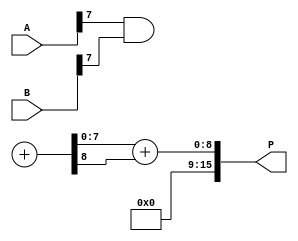
module wallace_tree_multiplier #(parameter N = 8) (
    input  [N-1:0] A,
    input  [N-1:0] B,
    output [2*N-1:0] P
);

    // Partial product generation
    wire [N-1:0] pp [0:N-1]; // Partial products
    genvar i, j;
    generate
        for (i = 0; i < N; i = i + 1) begin : pp_gen
            for (j = 0; j < N; j = j + 1) begin : pp_bit
                assign pp[i][j] = A[i] & B[j];
            end
        end
    endgenerate

    // Wallace tree reduction
    wire [N-1:0] sum [0:N-1]; // Sums at each level
    wire [N-1:0] carry [0:N-1]; // Carries at each level
    wire [N-1:0] final_sum;
    wire [N-1:0] final_carry;

    // Stage 1: Half adders and full adders
    generate
        for (i = 0; i < N; i = i + 1) begin : stage1
            if (i < N-1) begin
                // Half adders for the first two bits
                assign {carry[i][i+1], sum[i][i]} = pp[i][i] + pp[i+1][i];
                // Full adders for the next bits
                assign {carry[i][i+1], sum[i][i+1]} = pp[i][i+1] + pp[i+2][i] + carry[i][i];
            end else begin
                assign sum[i][i] = pp[i][i];
            end
        end
    endgenerate

    // Stage 2: Continue reducing using half and full adders
    // Repeat the process for additional stages as needed
    // This is a simplified version; you may need to add more stages based on N

    // Final addition stage
    assign {final_carry, final_sum} = sum[N-1] + carry[N-1];

    // Final product output
    assign P = final_sum + final_carry;

endmodule